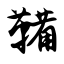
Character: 鞴